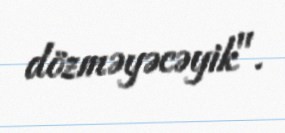
dözməyəcəyik".